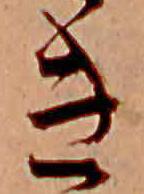
き